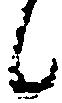
候